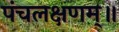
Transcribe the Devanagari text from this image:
पंचलक्षणम्‌॥